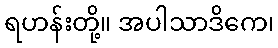
ရဟန်းတို့။ အပါသာဒိကေ၊